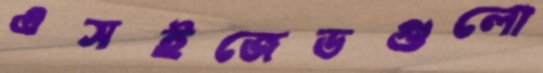
এসইজেডগুলো